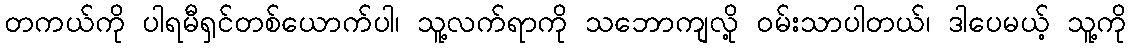
တကယ်ကို ပါရမီရှင်တစ်ယောက်ပါ၊ သူ့လက်ရာကို သဘောကျလို့ ဝမ်းသာပါတယ်၊ ဒါပေမယ့် သူ့ကို